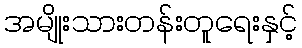
အမျိုးသားတန်းတူရေးနှင့်